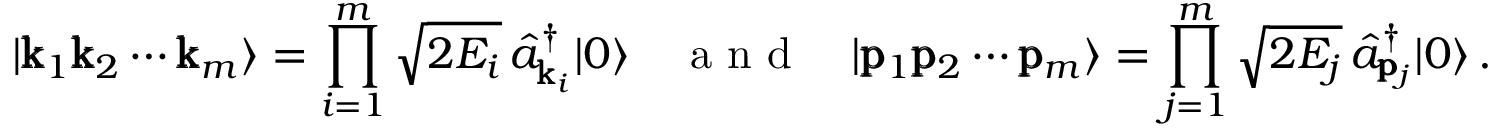
| \pmb { \mathrm { k } } _ { 1 } \pmb { \mathrm { k } } _ { 2 } \cdots \pmb { \mathrm { k } } _ { m } \rangle = \prod _ { i = 1 } ^ { m } \sqrt { 2 E _ { i } } \, \hat { a } _ { \pmb { \mathrm { k } } _ { i } } ^ { \dagger } | 0 \rangle \quad \mathrm { ~ a ~ n ~ d ~ } \quad | \pmb { \mathrm { p } } _ { 1 } \pmb { \mathrm { p } } _ { 2 } \cdots \pmb { \mathrm { p } } _ { m } \rangle = \prod _ { j = 1 } ^ { m } \sqrt { 2 E _ { j } } \, \hat { a } _ { \pmb { \mathrm { p } } _ { j } } ^ { \dagger } | 0 \rangle \, .